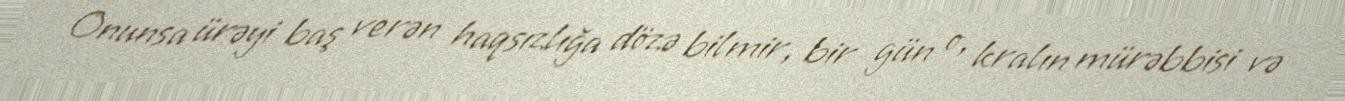
Onunsa ürəyi baş verən haqsızlığa dözə bilmir, bir gün o, kralın mürəbbisi və